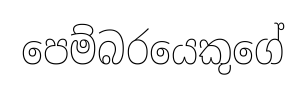
පෙම්බරයෙකුගේ